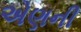
એણની